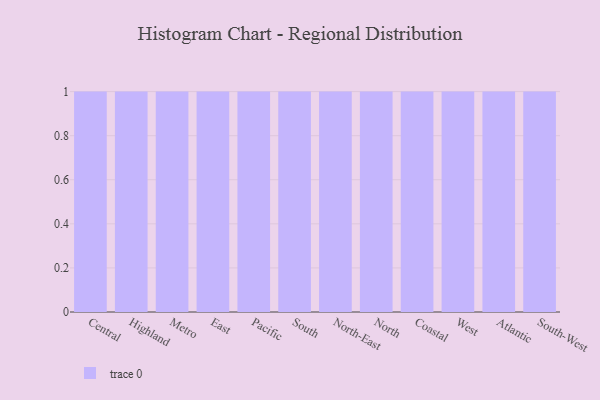
{"axis": {"x": "Region", "y": "Temperature (°C)"}, "legend": [""], "data": [{"x": "Central", "y": 91, "type": ""}, {"x": "Highland", "y": 3, "type": ""}, {"x": "Metro", "y": 86, "type": ""}, {"x": "East", "y": 54, "type": ""}, {"x": "Pacific", "y": 91, "type": ""}, {"x": "South", "y": 73, "type": ""}, {"x": "North-East", "y": 36, "type": ""}, {"x": "North", "y": 23, "type": ""}, {"x": "Coastal", "y": 61, "type": ""}, {"x": "West", "y": 34, "type": ""}, {"x": "Atlantic", "y": 49, "type": ""}, {"x": "South-West", "y": 62, "type": ""}]}